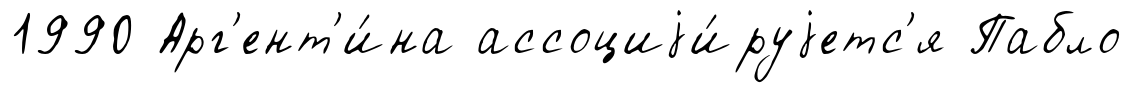
1990 Арг'ент'и́на ассоциjи́руjетс'я Пабло